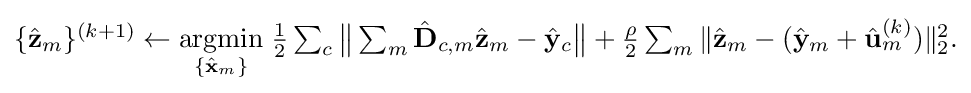
{\textstyle \{{\hat {\mathbf {z} }}_{m}\}^{(k+1)}\gets {\underset {\{{\hat {\mathbf {x} }}_{m}\}}{\text{argmin}}}\;{\frac {1}{2}}\sum _{c}{\big \|}\sum _{m}{\hat {\mathbf {D} }}_{c,m}{\hat {\mathbf {z} }}_{m}-{\hat {\mathbf {y} }}_{c}{\big \|}+{\frac {\rho }{2}}\sum _{m}\|{\hat {\mathbf {z} }}_{m}-({\hat {\mathbf {y} }}_{m}+{\hat {\mathbf {u} }}_{m}^{(k)})\|_{2}^{2}.}